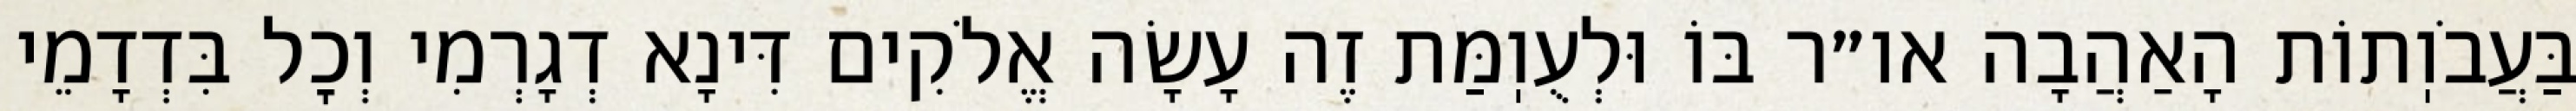
בַּעֲבֹוֽתוֹת הָאַהֲבָה או״ר בּוֹ וּלְעֻוֽמַּת זֶה עָשָׂה אֱלֹקִים דִּינָא דְגָרְמִי וְכׇל בִּדְדָמֵי